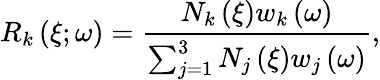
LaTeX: R_{k}\left(\xi;\omega\right)=\frac{N_{k}\left(\xi\right)w_{k}\left(\omega\right)}{\sum_{j=1}^{3}N_{j}\left(\xi\right)w_{j}\left(\omega\right)},